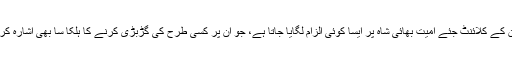
جمعہ کو ان کے وکیل مانک ڈوگرا نے اس انتباہ کے ساتھ جواب بھیجا کہ اگر ان کے کلائنٹ جئے امیت بھائی شاہ پر ایسا کوئی الزام لگایا جاتا ہے، جو ان پر کسی طرح کی گڑبڑی کرنے کا ہلکا سا بھی اشارہ کرتا ہو، تو اس کا جواب مجرمانہ اور سول ہتک عزت کے مقدمہ سے دیا جائے‌گا۔